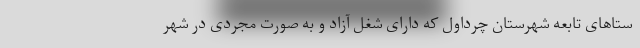
ستاهای تابعه شهرستان چرداول که دارای شغل آزاد و به صورت مجردی در شهر